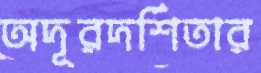
অদূরদর্শিতার